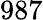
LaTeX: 987